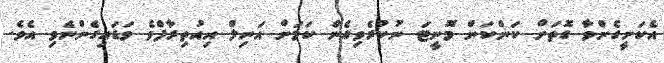
އެކަށީގެންވާ ގޮތަށް ކަންކަން މޮނީޓަ ނުކުރެވިގެން ކަމަށް އަނިލް އިއުތިރާފްވެ ވަޑައިގެންނެވި އެވެ.